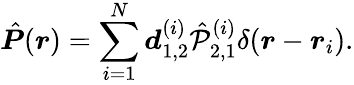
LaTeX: \hat{\boldsymbol P}(\boldsymbol r)=\sum_{i=1}^{N}\boldsymbol d_{1,2}^{(i)}\hat{\mathcal P}_{2,1}^{(i)}\delta(\boldsymbol r-\boldsymbol r_{i}).